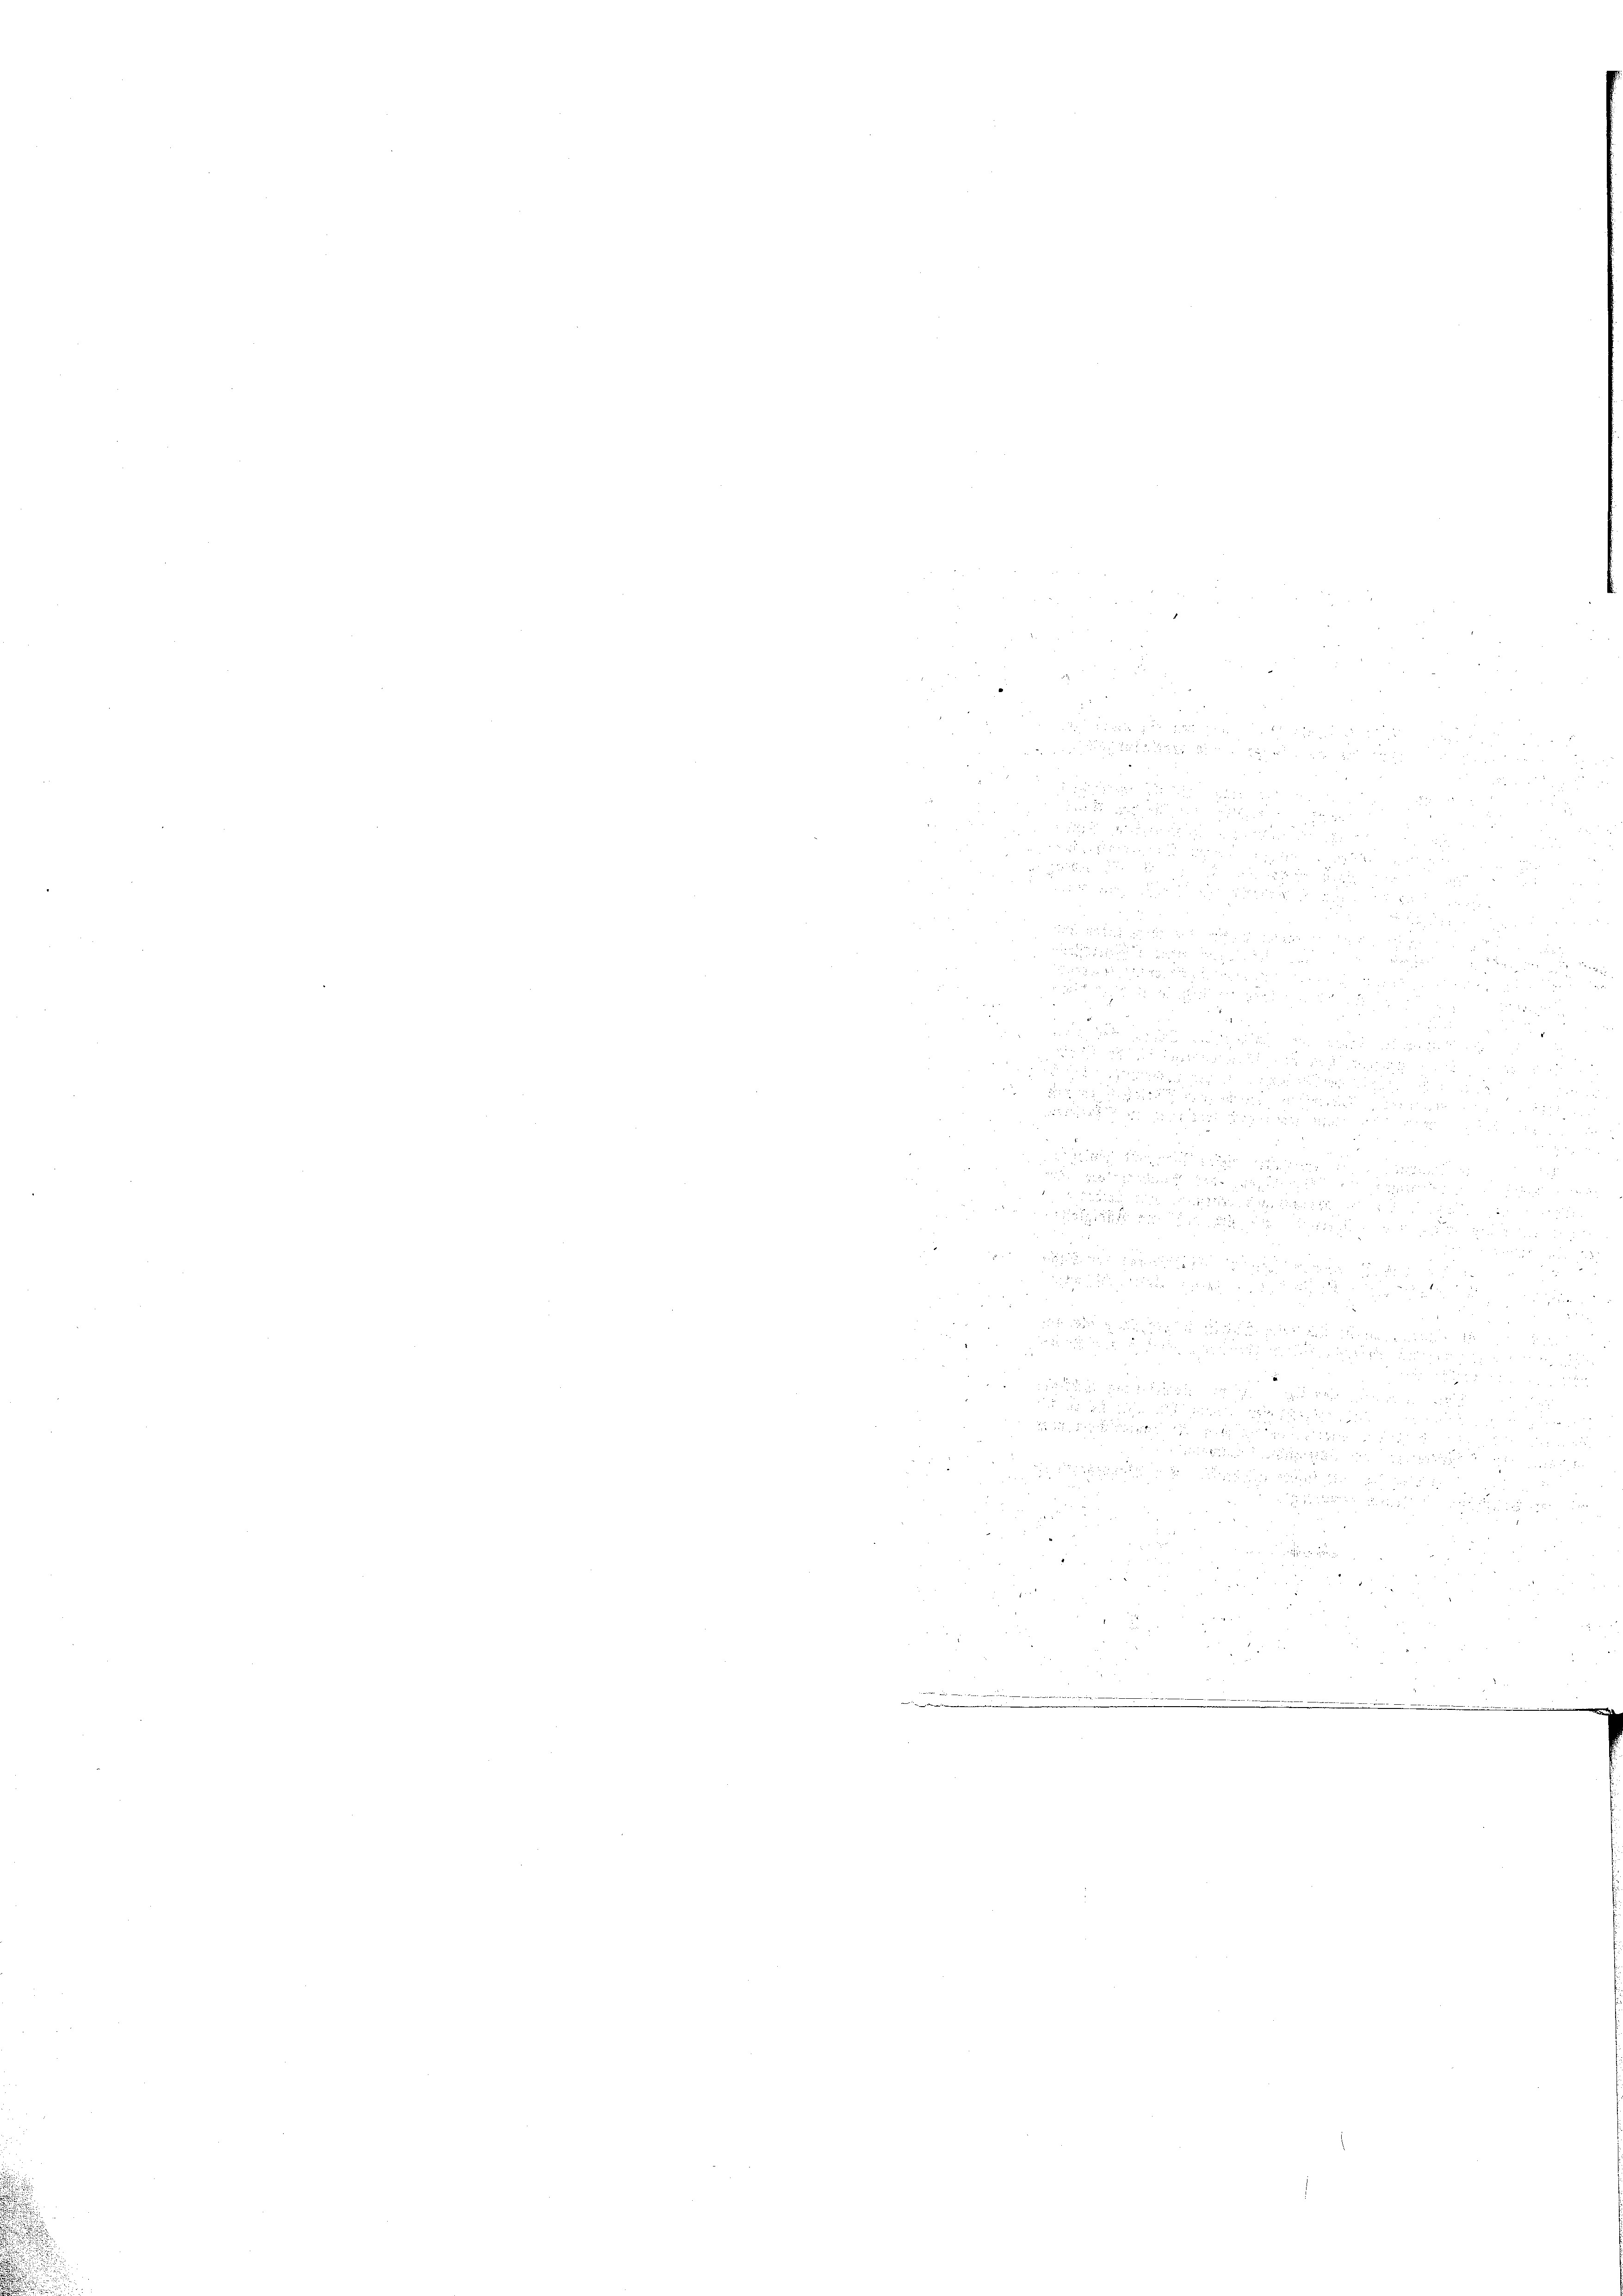
n

2

d
.

u

x
 achte de

 24
5

8